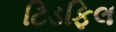
ટિડફિલ